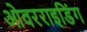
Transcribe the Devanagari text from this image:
ओवरराइडिंग